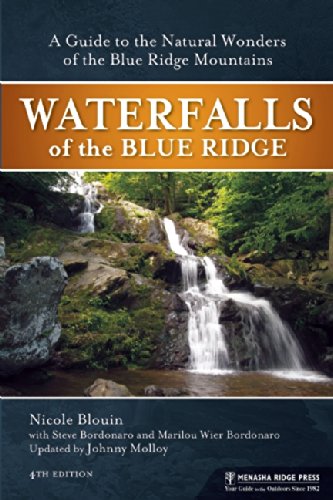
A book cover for Waterfalls of the Blue Ridge: A Hiking Guide to the Cascades of the Blue Ridge Mountains; Johnny Molloy; Health, Fitness & Dieting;